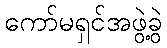
ကော်မရှင်အဖွဲ့ခွဲ